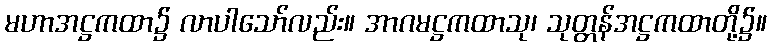
မဟာအဋ္ဌကထာ၌ လာပါသော်လည်း။ အာဂမဋ္ဌကထာသု၊ သုတ္တန်အဋ္ဌကထာတို့၌။